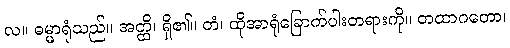
လ။ ဓမ္မာရုံသည်။ အတ္ထိ၊ ရှိ၏။ တံ၊ ထိုအာရုံခြောက်ပါးတရားကို။ တထာဂတော၊